Lunatic asylums Central Provinces reports 1895-1909 - 1895-1909
Year: 1895
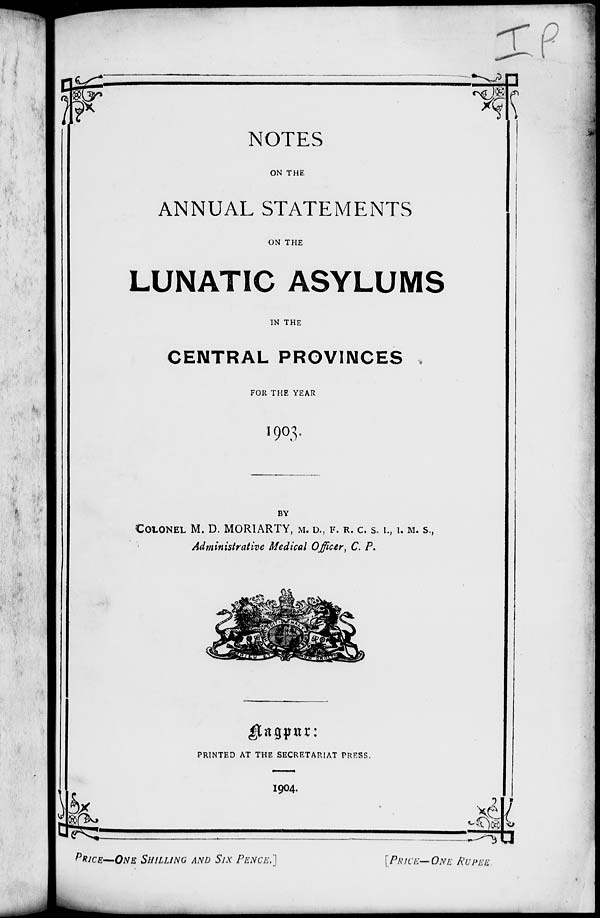
NOTES
ON THE
ANNUAL STATEMENTS
ON THE
LUNATIC ASYLUMS
IN THE
CENTRAL PROVINCES
FOR THE YEAR
1903.
BY
COLONEL M. D. MORIARTY, M. D., F. R. C. S. I. , I. M. S.,
Administrative Medical Officer, C. P.
Nagpur :
PRINTED AT THE SECRETARIAT PRESS.
1904.
PRICE—ONE SHILLING AND SIX PENCE.]
[PRICE—ONE RUPEE.